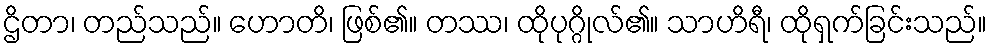
ဌိတာ၊ တည်သည်။ ဟောတိ၊ ဖြစ်၏။ တဿ၊ ထိုပုဂ္ဂိုလ်၏။ သာဟိရီ၊ ထိုရှက်ခြင်းသည်။